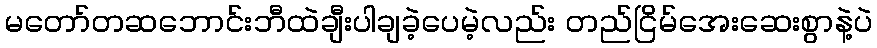
မတော်တဆဘောင်းဘီထဲချီးပါချခဲ့ပေမဲ့လည်း တည်ငြိမ်အေးဆေးစွာနဲ့ပဲ